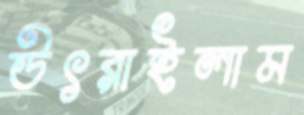
উৎরাইলাম